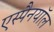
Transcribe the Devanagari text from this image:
एस्पैनयॉल